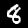
Digit: 8